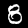
Digit: 8